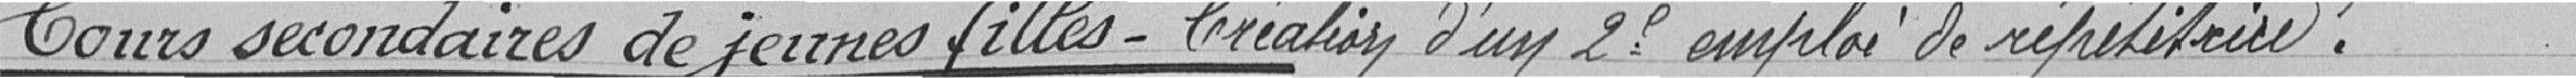
Cours secondaires de jeunes filles-Création d'un 2° emploi de répétiteur .